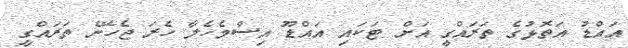
އައްޑު އަތޮޅުގެ ތަރައްގީ އަށް ޓަކައި އައްޑޫ އިސްމެހެލާ ހެރަ ޖެހޭނެ ތަރައްގީ